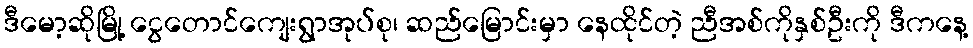
ဒီမော့ဆိုမြို့ ငွေတောင်ကျေးရွာအုပ်စု၊ ဆည်မြောင်းမှာ နေထိုင်တဲ့ ညီအစ်ကိုနှစ်ဦးကို ဒီကနေ့